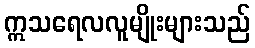
ဣသရေလလူမျိုးများသည်